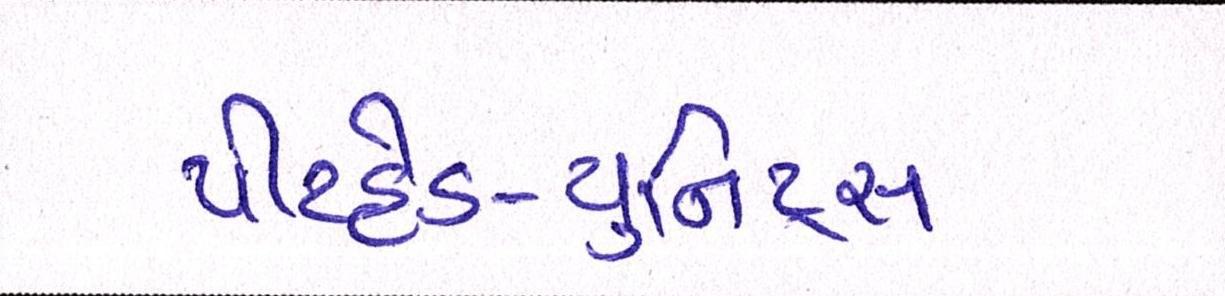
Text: પીટહેડ-યુનિટ્સ